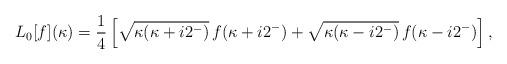
LaTeX: \begin{align*}L_0[f](\kappa)=\frac{1}{4}\left[\sqrt{\kappa(\kappa+i2^-)}\,f(\kappa+i2^-)+\sqrt{\kappa(\kappa-i2^-)}\,f(\kappa-i2^-)\right],\end{align*}